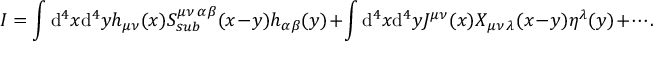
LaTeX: I = \int \mathrm { d } ^ { 4 } x \mathrm { d } ^ { 4 } y h _ { \mu \nu } ( x ) S _ { s u b } ^ { \mu \nu \, \alpha \beta } ( x - y ) h _ { \alpha \beta } ( y ) + \int \mathrm { d } ^ { 4 } x \mathrm { d } ^ { 4 } y J ^ { \mu \nu } ( x ) X _ { \mu \nu \, \lambda } ( x - y ) \eta ^ { \lambda } ( y ) + \cdots .